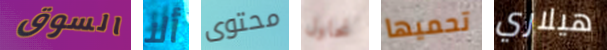
السوق ألا محتوى نحاول تحميها هيلاري